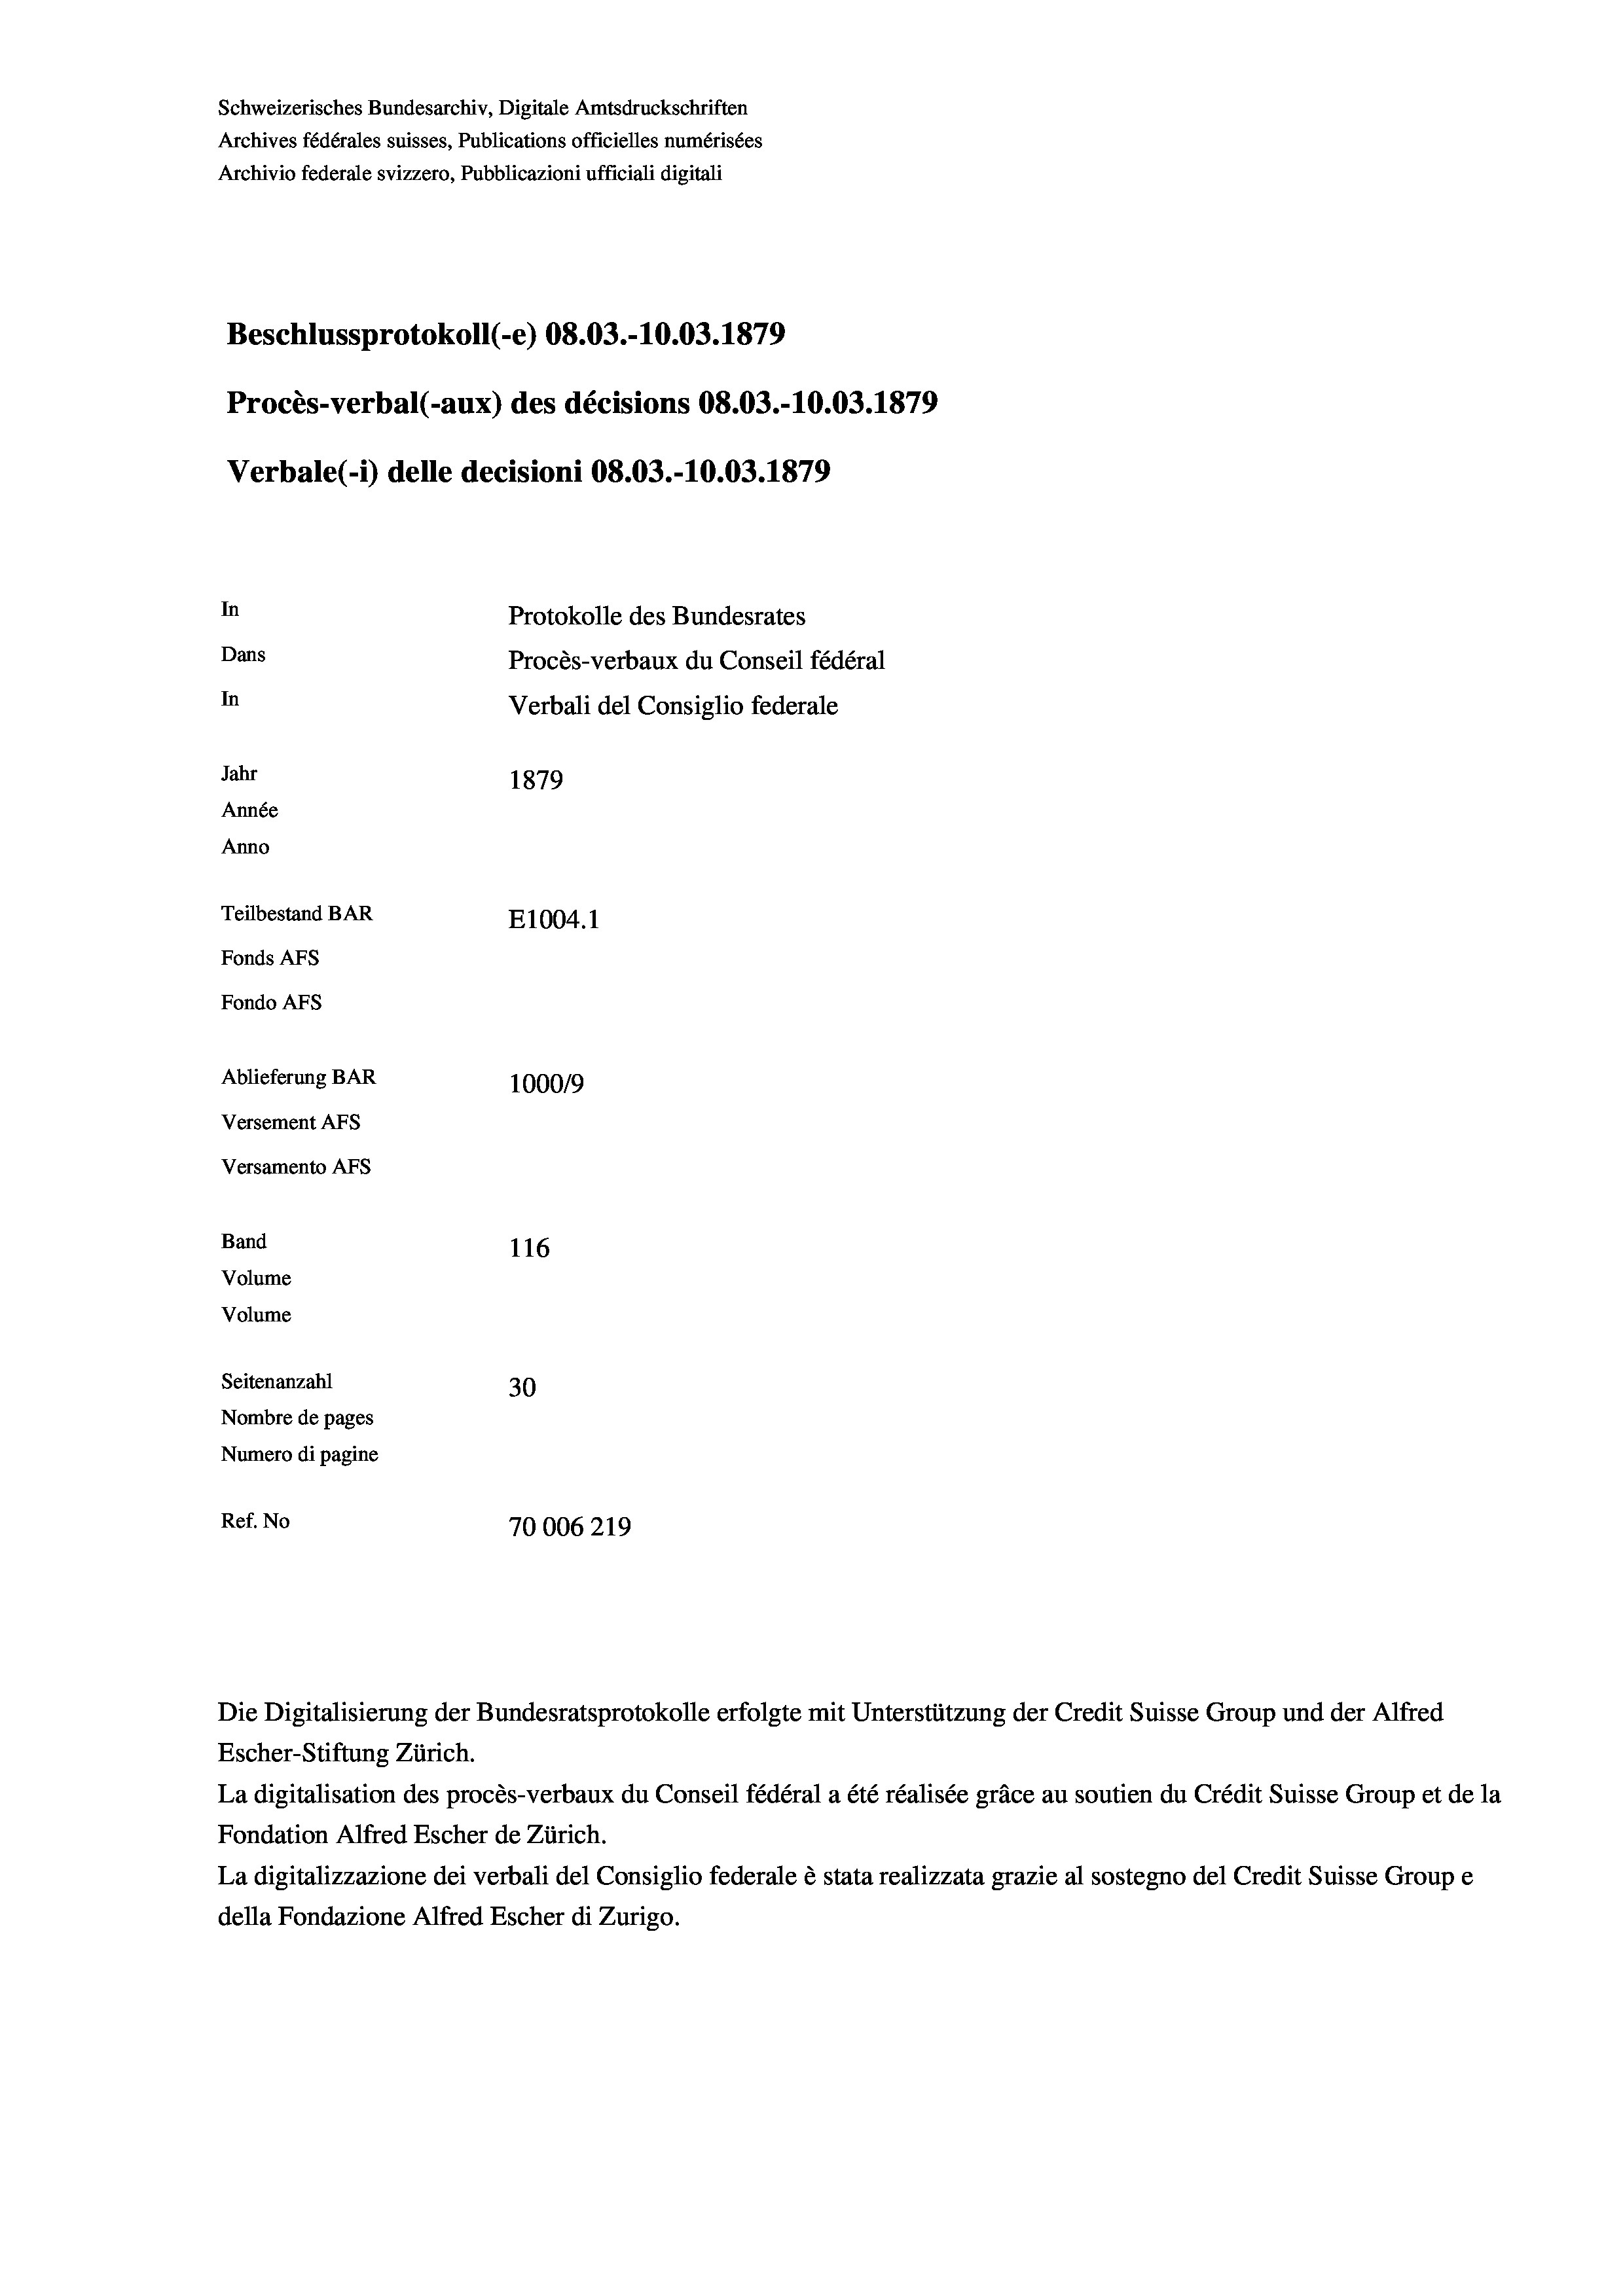
Schweizerisches Bundesarchiv, Digitale Amtsdruckschriften
Archives fédérales suisses, Publications officielles numérisées
Archivio federale svizzero, Pubblicazioni ufficiali digitali
Beschlussprotokoll (-e) 08.03.-10.03. 1879
Procès-verbal (-aux) des décisions 08.03.-10.03. 1879
Verbale (- 1) delle decisioni 08.03.-10.03. 1879
In
Protokolle des Bundesrates
Dans
Procès-verbaux du Conseil fédéral
In
Verbali del Consiglio federale
Jahr
1879
Année
Anno
Teilbestand BAR
E1004.1
Fonds AFs
Fondo AFS
Ablieferung BAR
100019
Versement Ans
Versamento AFs

116
Seitenanzahl
30
Nombre de pages
Numero di pagine
Ref. No
70006219

Band
Volume
Volume

Escher-Stiftung Zürich.
La digitalisation des procès-verbaux du Conseil fédéral a été réalisée gräce au soutien du Crédit Suisse Group et de la
Fondation Alfred Escher de Zürich.
La digitalizzazione dei verbali del Consiglio federale è stata realizzata grazie al sostegno del Credit Suisse Groupe
della Fondazione Alfred Escher di Zurigo.

Die Digitalisierung der Bundesratsprotokolle erfolgte mit Unterstützung der Credit Suisse Group und der Alfred